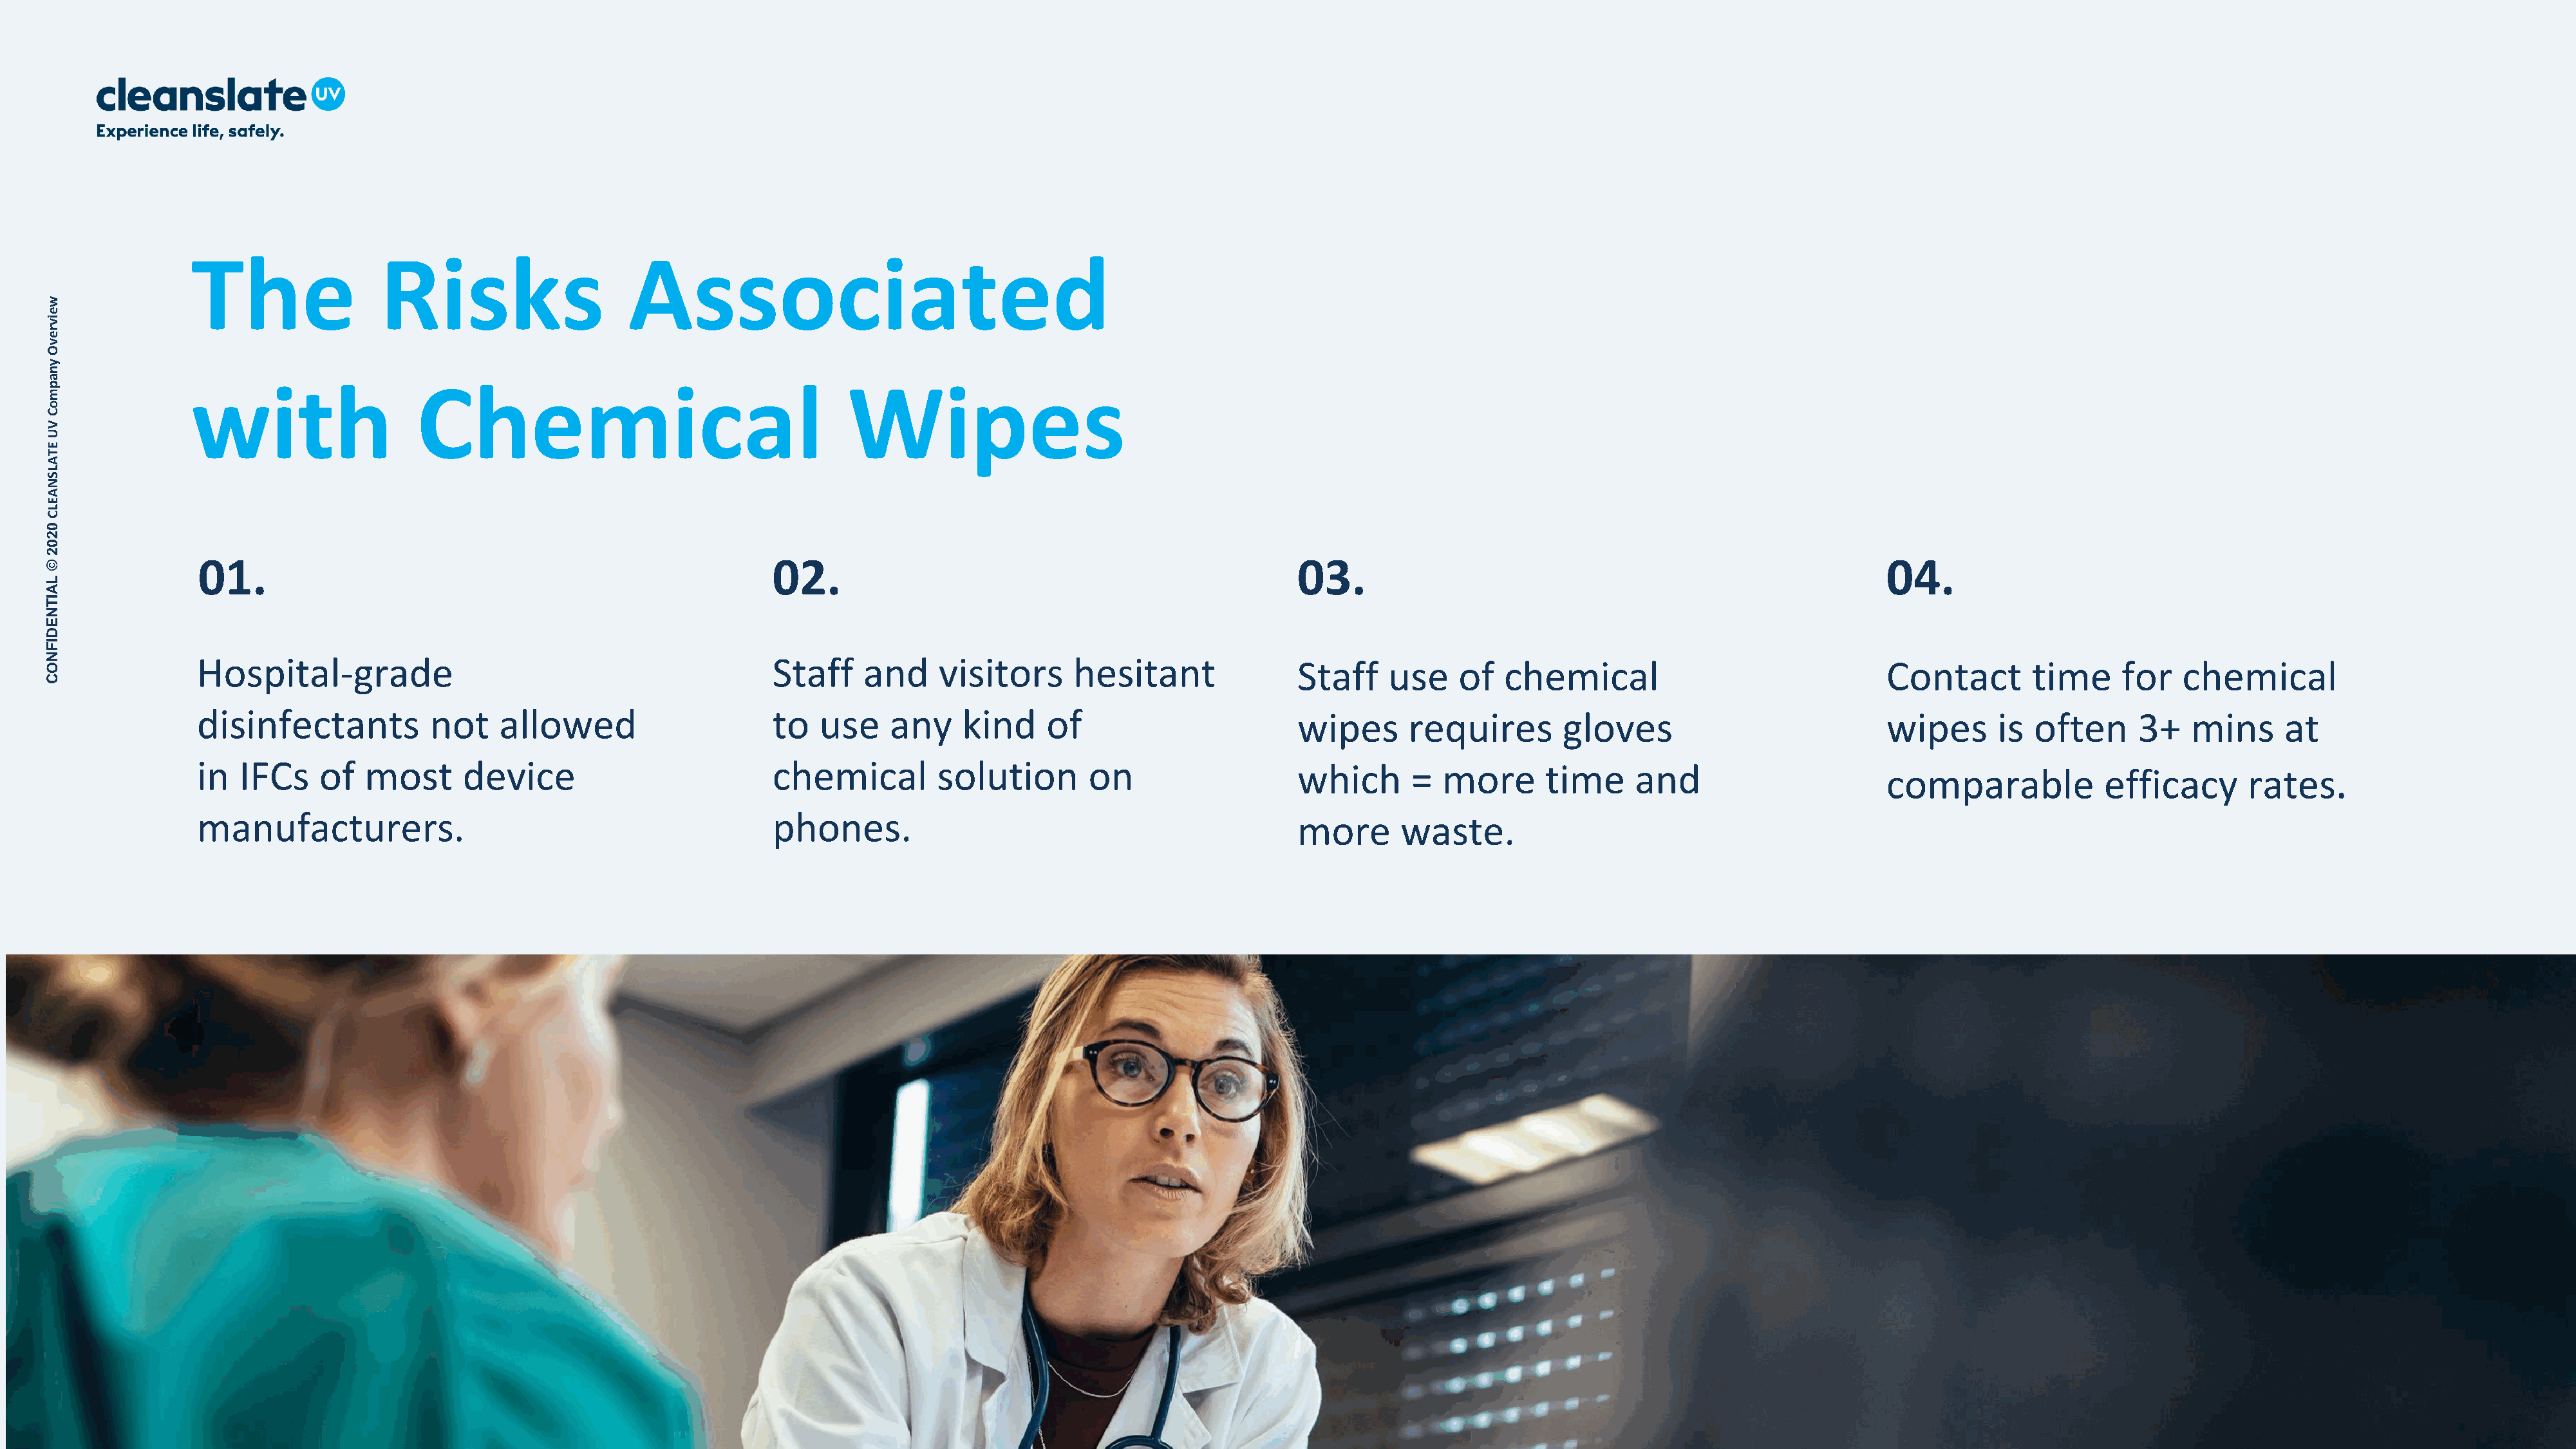
The                Risks                     Associated
 w
 e
 iv
 r
 e
 v
 O
 y
 n
 a
 p              with                   Chemical                                    Wipes
 m
 o
 C
 V
 U
 E
 T
 A
 L
 S
 N
 A
 E
 L
 C
 0
 2
 0
 2
 01.                                                        02.                                                   03.                                                          04.
 ©
 L
 A
 IT
 N
 E
 D
 I
 F
 N              Hospital-grade                                             Staff     and     visitors     hesitant               Staff     use    of   chemical                               Contact        time     for   chemical
 O
 C
 disinfectants           not    allowed                     to   use    any     kind     of                       wipes       requires        gloves                           wipes      is  often      3+   mins      at
 in   IFCs    of  most       device                         chemical         solution        on                   which       =  more       time     and                       comparable            efficacy       rates.
 manufacturers.                                             phones.                                               more       waste.